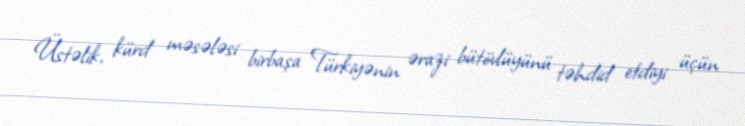
Üstəlik, kürd məsələsi birbaşa Türkiyənin ərazi bütövlüyünü təhdid etdiyi üçün